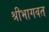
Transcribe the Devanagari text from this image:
श्रीभागवत